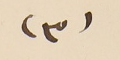
(٣)